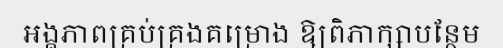
អង្គភាពគ្រប់គ្រងគម្រោង ឱ្យពិភាក្សាបន្ថែម